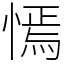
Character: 㥼